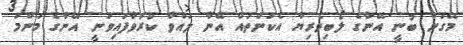
މޭގަން ބުނީ އޭނާގެ ލޯބިވެރިޔާ އެކަންތައް އޭނާ ލައްވާ ކުރުވާފައިވަނީ އޭނާގެ މަންމަ